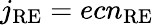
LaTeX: j_{\mathrm{RE}}=ecn_{\mathrm{RE}}